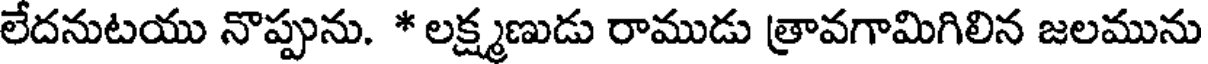
లేదనుటయు నొప్పును. * లక్ష్మణుడు రాముడు త్రావగామిగిలిన జలమును